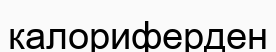
калориферден